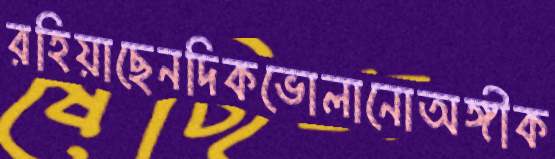
রহিয়াছেনদিকভোলানোঅঙ্গীক